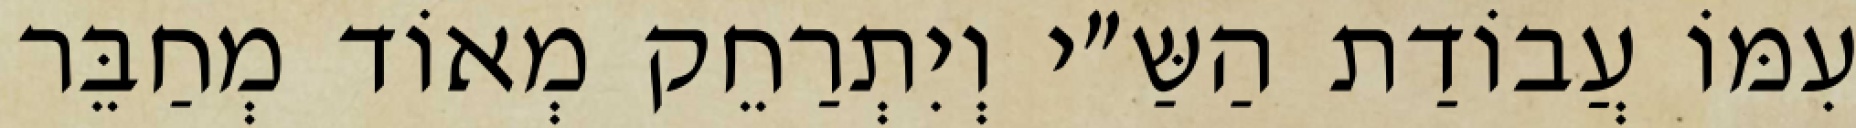
עִמּוֹ עֲבוֹדַת הַשַּ״י וְיִתְרַחֵק מְאוֹד מְחַבֵּר